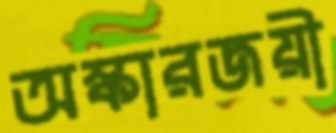
অস্কারজয়ী